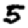
Digit: 5